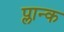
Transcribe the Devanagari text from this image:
प्लान्क